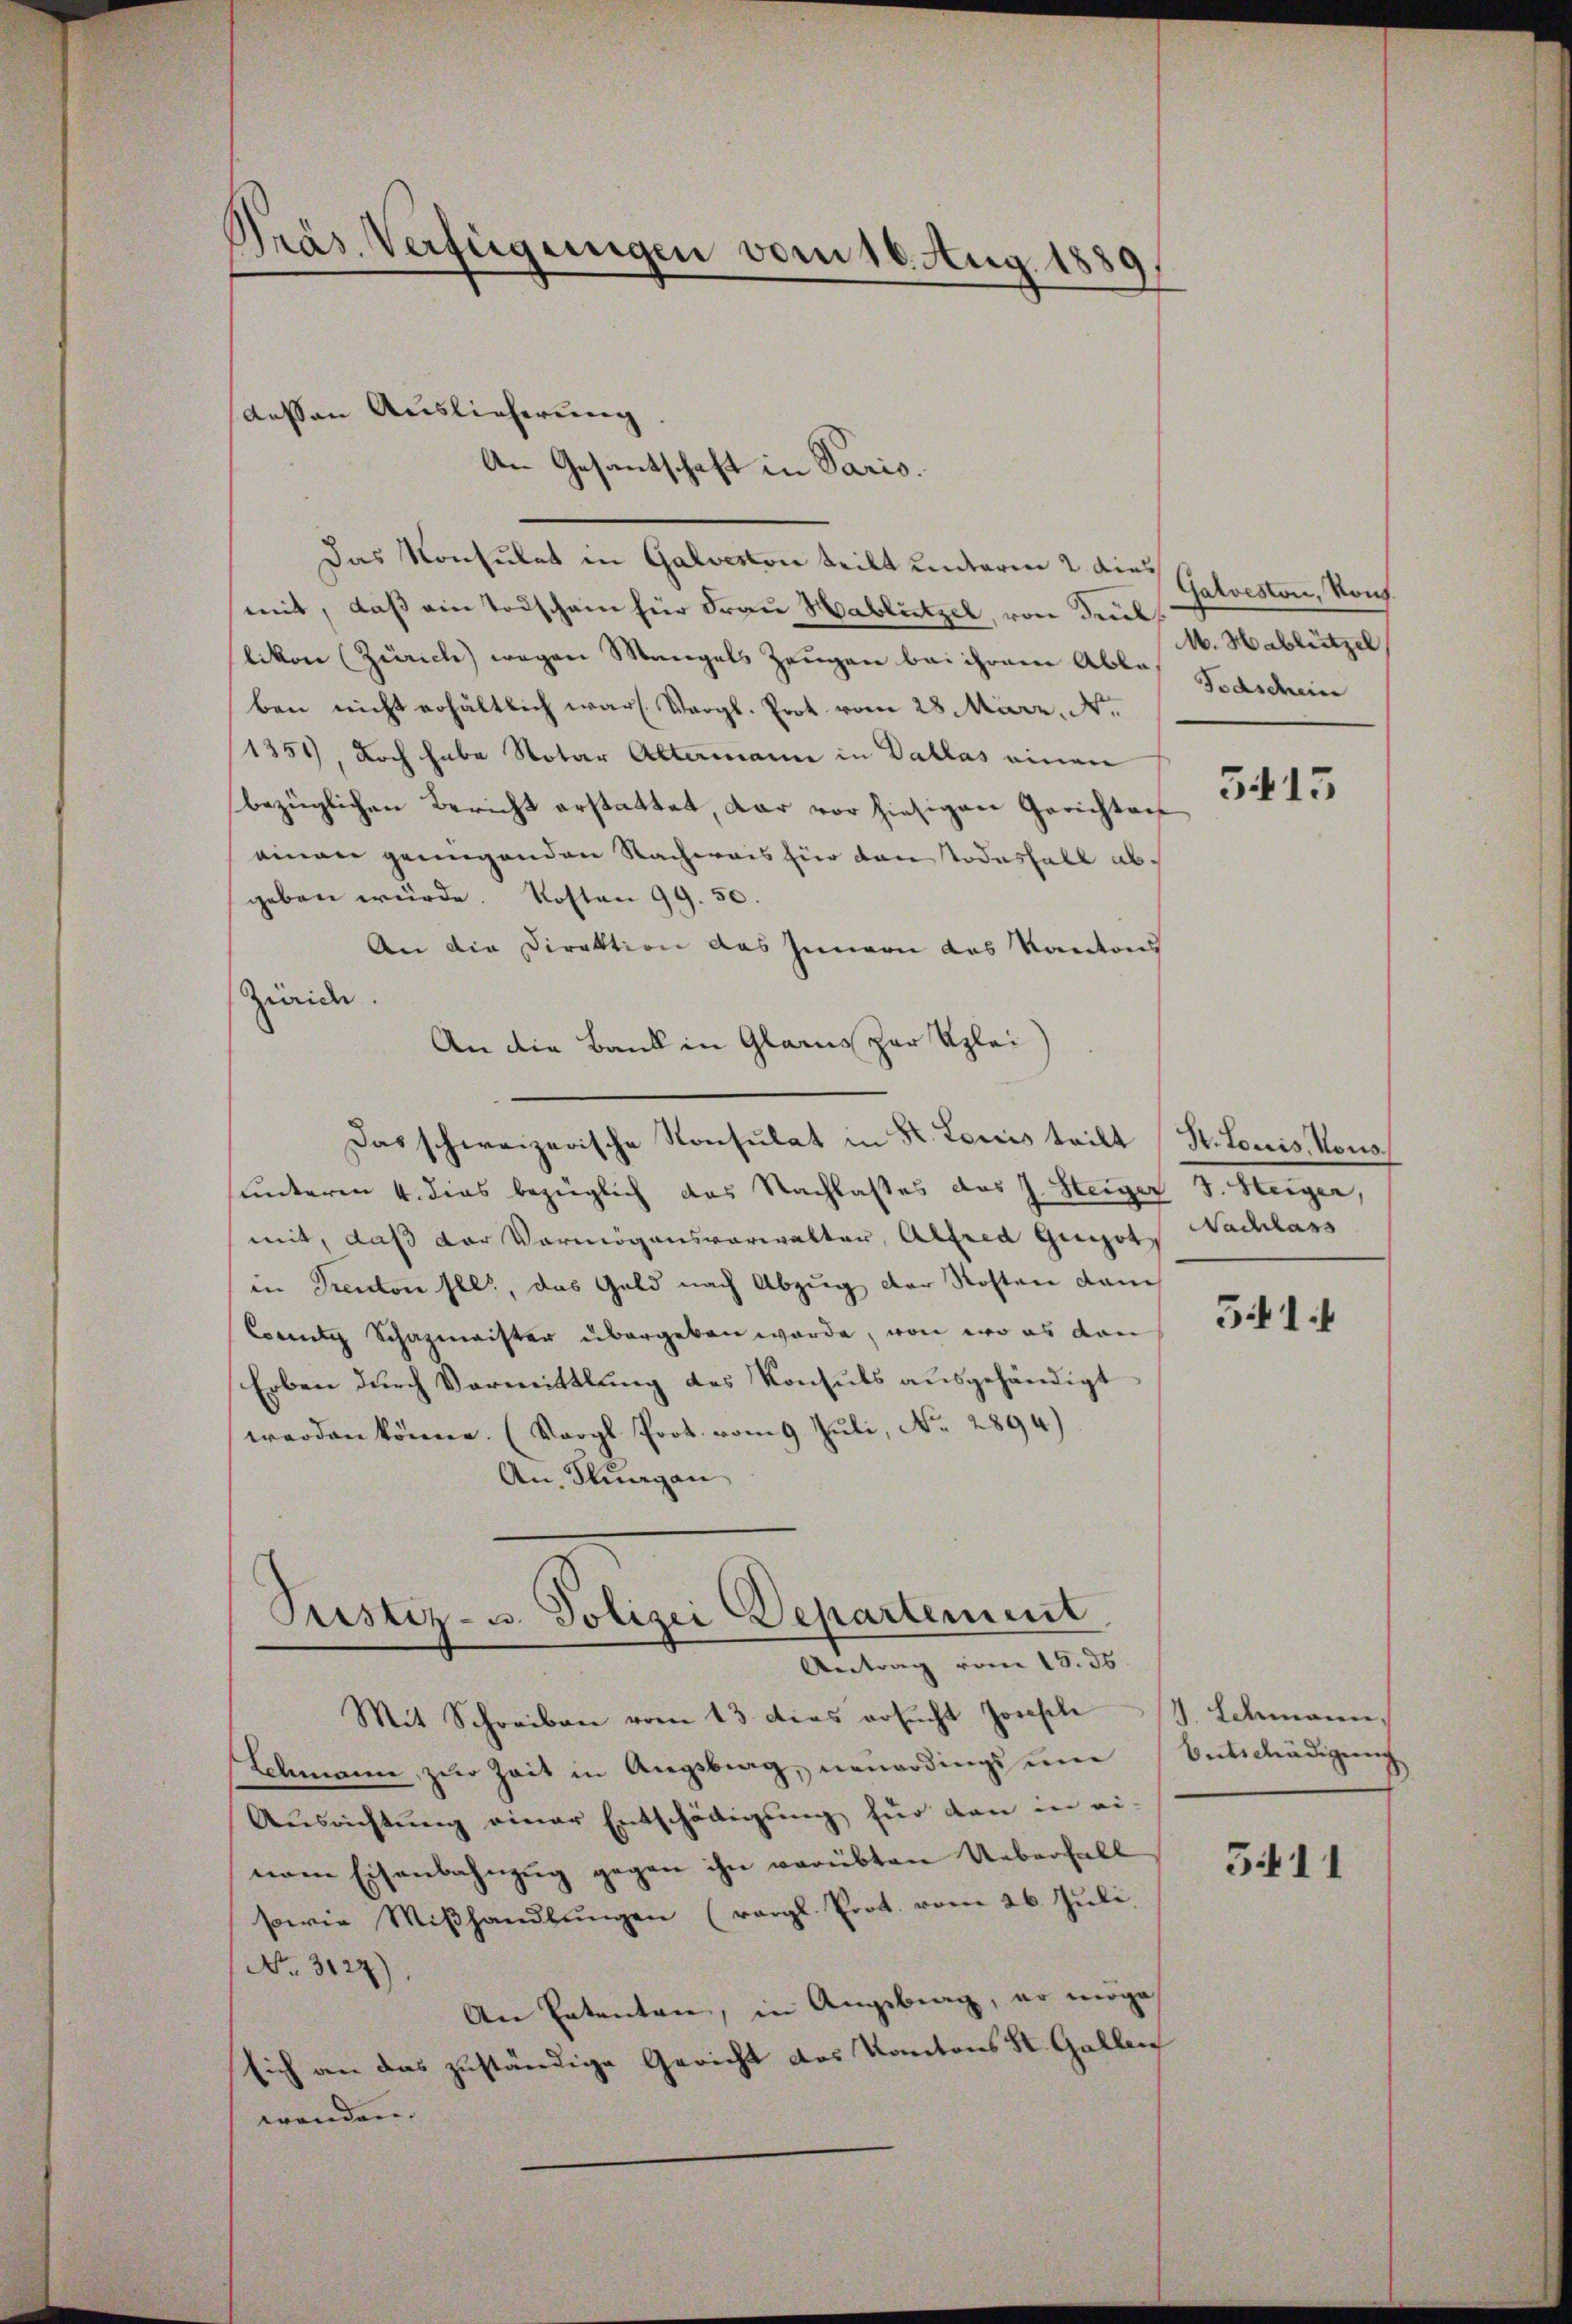
Das Konsulat in Galveston teilt unterm 2. die Gloeston, Konf
mit, daß ein Todschain für Frau Hablützel, von Seublikon (Zürich) wegen Maregals Zeugen bei ihrem Abbe-
ben nicht erhältlich war. Vergl. Prot. vom 28. März, N.
1354), Doch habe Notar Altermann in Dallas einen
bezüglichen Bericht erstattet, dar vor hiesigen Gerichten
einen genügenden Nachweis für von Todesfall abgeben würde. Kosten 99. 50.
An die Direktion das Innern das Kantons
Zürich.
An die Bank in Glarus zur Klei¬
Das schweizerische Konsulat in St. Louis teilt (St. Louis, Hono
unteren 4. dies bezüglich das Nachlasses das J. Steiger J. Heiger,
mit, daß der Vermögensverwalter, Alfred Guizot
in Prenton selt, das Geld nach Abzug der Kosten dam
Cornig Schazmeister übergeben würde, von wo es dan
Erben durch Vormittlung des Konsuls ausgehändigt
werden könne. (Vergl. Prot. vom 9. Juli, No. 2894)
An Klagan

Präs. Verfügungen vom 16. Aug. 1880

aesen Auslieferung
An Gesantschaft in Paris.

Pustiz- u. Polizei Departement
Antrag vom 15. 36.

Mit Schreiben vom 13. dies ersŭcht Josefle
Schmann, zur Zeit in Augsbrag, neuerdings um
Aŭsrichtŭng einer Entschädigŭng für dan in ei-
nem Eisenbahnzug gegen ihn verübten Ueberfall
sowie Miβhandlŭngen (vergl. Prot. vom 26. Jŭli
No. 3127).
An Patenten, in Angebrag, er möge
sich an das zuständige Gericht des Kantons St. Gallen
wenden.

M. Hablützel
Todschein

3415

Nachlass

541.

1 Schmann.
Entschädigung

5411